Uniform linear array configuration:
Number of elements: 32
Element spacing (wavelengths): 0.25
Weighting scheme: binomial
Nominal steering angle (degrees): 60
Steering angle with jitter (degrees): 60.154
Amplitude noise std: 0.05
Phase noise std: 0.05

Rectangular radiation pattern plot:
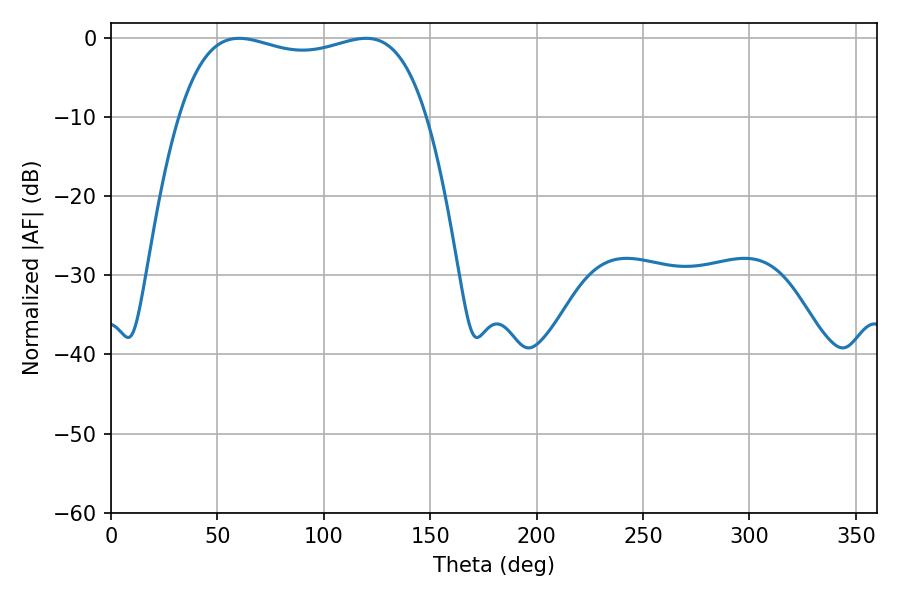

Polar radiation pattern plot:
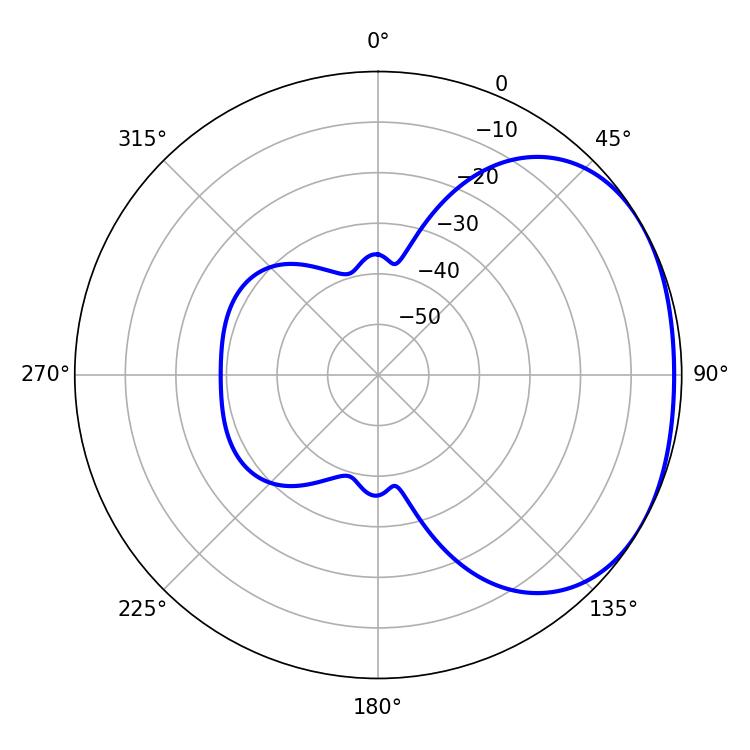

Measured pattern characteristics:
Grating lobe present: FALSE
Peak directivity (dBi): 1.882
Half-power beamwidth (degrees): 94.32
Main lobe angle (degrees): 60.12